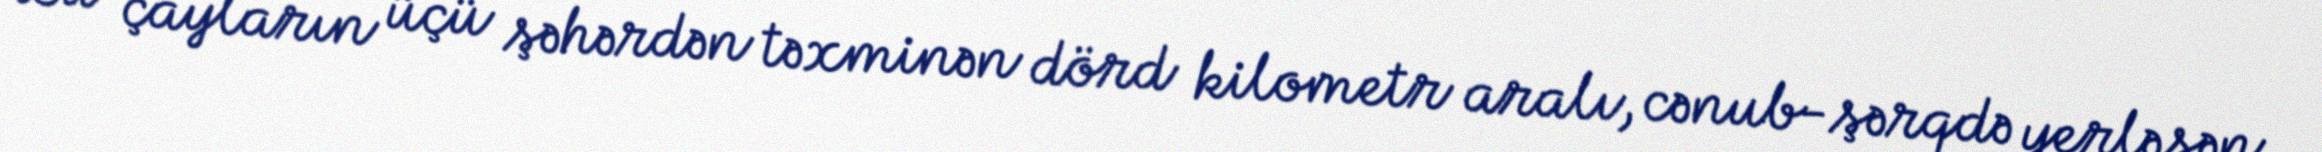
Bu çayların üçü şəhərdən təxminən dörd kilometr aralı, cənub-şərqdə yerləşən